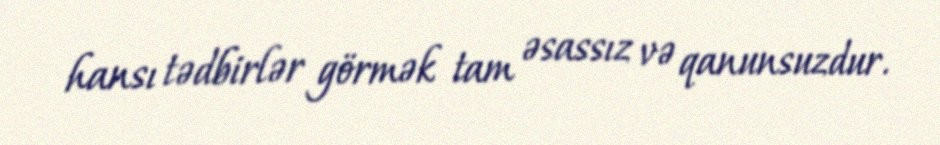
hansı tədbirlər görmək tam əsassız və qanunsuzdur.